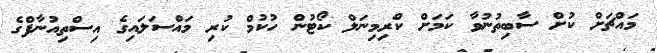
މައްޗަށް ކުށް ސާބިތުނުވާ ކަމަށް ކްރިމިނަލް ކޯޓުން ހުކުމް ކުރި މައްސަލައިގެ އިސްތިއުނާފްގެ